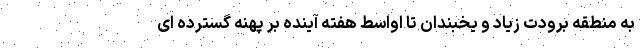
به منطقه برودت زیاد و یخبندان تا اواسط هفته آینده بر پهنه گسترده ای